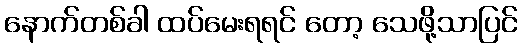
နောက်တစ်ခါ ထပ်မေးရရင် တော့ သေဖို့သာပြင်